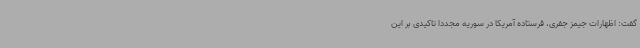
گفت: اظهارات جیمز جفری، فرستاده آمریکا در سوریه مجدداً تاکیدی بر این